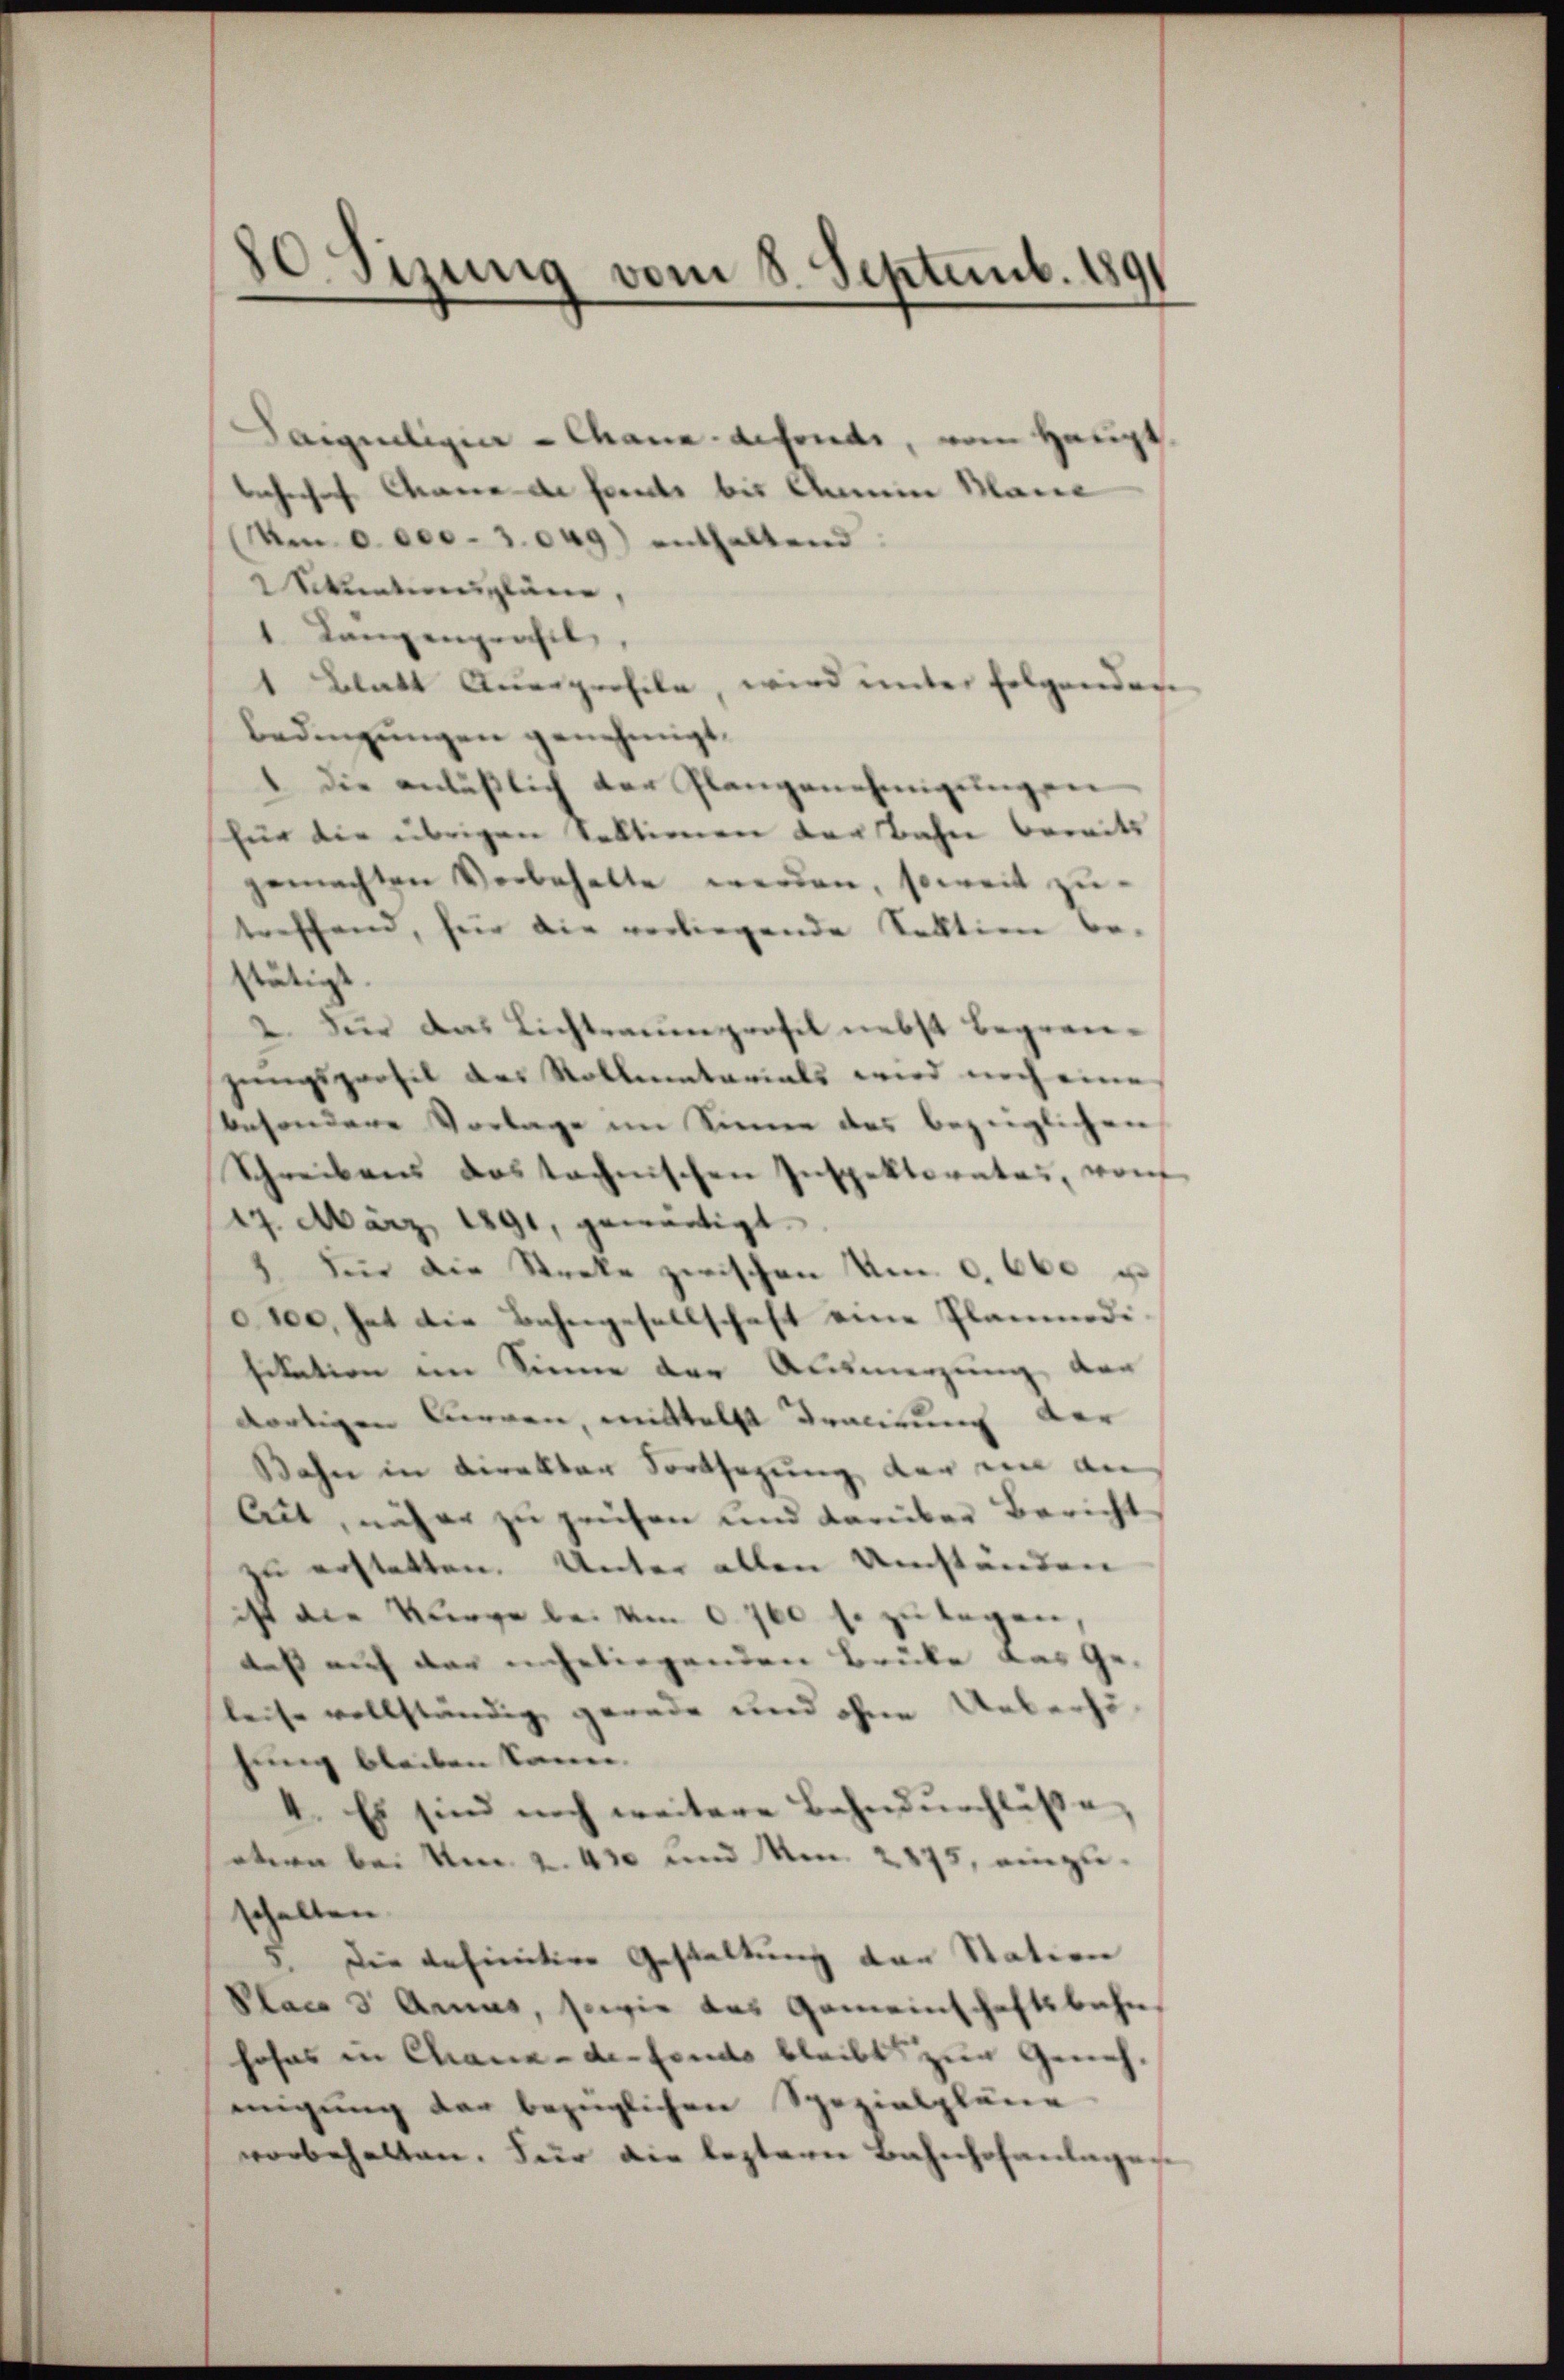
.
Sizung vom 8. Septemb. 1891

Saigueligier-Chana-defonds, vom Hauptbehnches Cance de fonds bis Anna Manne
Men 6. der - 3.049) enthaltend
Sentionspläne,
1. Lanzengrasil
1 Blatt Quarprofile, wird unter folgender
bedingungen genehmigt.
1 die anläβlich der Plangenehmigŭngen
für die übrigen Sektionen der Bahn bereits
gemachten Vorbehalte werden, soweit zu-
treffend, für die vorliegende Sektien be-
stätigt.
2. Für das Lichtrauenprofil nebst begrengŭngsprofil des Rollentarials wird noch eine
besondere Vorlage im Sinne des bezüglichen
Schreibens das technischen Inspektorates, vom
17. März 1891, gewärtigt.
Für die Streke zwischen Um. c. 660 u
100, hat die Bahngesellschaft eine Planmedi
fikation im Sinne der Ausmerzung vor
dortigen Curren, mittelst Tracirung der
Bahn in Direktor Fortsezung, der ein an
Ait, näher zu zeichen und darüber Bericht
zu erstatten. Unter allen Umständen
ist die Kurge bei um 0760 s. zu legen,
daß auf der geliegenden Brüke das Geleise vollständig gerade und ohne Ueberhöhung bleiben kann.
4. Es sind noch weitere Bahndurchlüsse,
etern bei Um 2. 430 und Am. 2175, einzuschalten
Die definitive Gestaltung der Station
Place 3 Anas, sowie das Gemeinschaftsbahn,
hohes in Chaux-de-Fonds bleibt zur Genehmigung der bezüglichen Spezialpläne
vorbehalten. Für die leztern Bahnhofanlagen